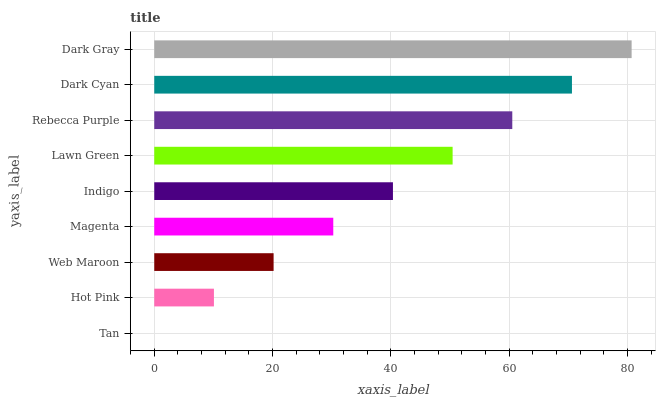
| yaxis_label | bars |
 | --- | --- |
 | Tan | 0 |
 | Hot Pink | 10.1 |
 | Web Maroon | 20.2 |
 | Magenta | 30.3 |
 | Indigo | 40.3 |
 | Lawn Green | 50.4 |
 | Rebecca Purple | 60.5 |
 | Dark Cyan | 70.6 |
 | Dark Gray | 80.7 |